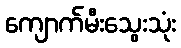
ကျောက်မီးသွေးသုံး